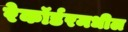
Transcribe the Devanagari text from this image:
रेकॉर्डरमधील